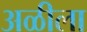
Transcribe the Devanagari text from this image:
अळीला